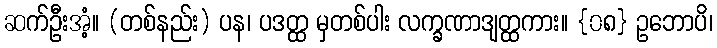
ဆက်ဦးအံ့။ (တစ်နည်း) ပန၊ ပဒတ္ထ မှတစ်ပါး လက္ခဏာဒျတ္ထကား။ {၀၈} ဥဘောပိ၊